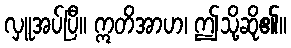
လှူအပ်ပြီ။ ဣတိအာဟ၊ ဤသို့ဆို၏။